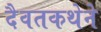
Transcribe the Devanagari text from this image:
दैवतकथेने